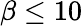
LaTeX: \beta\leq 10